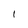
Character: 1